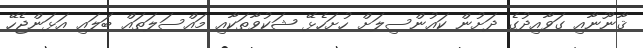
ޤާނޫނާއި ގަވާއިދުގެ ދަށުން ކައުންސިލަށް ހުށަހެޅޭ ޝަކުވާތަކާއި މައްސަލަތައް ބަލައި އަޅަންޖެހޭ